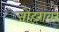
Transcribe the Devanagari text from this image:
जोहरावर